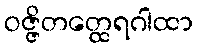
ဝဇ္ဇိတတ္ထေရဂါထာ